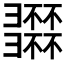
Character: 𢑽